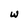
Character: w